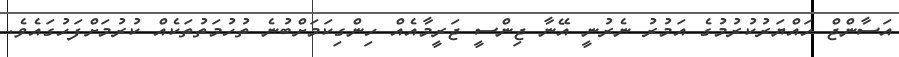
އަސާންޖް ހައްޔަރުކުރުމުގެ އަމުރު ނެރުނީ އޭނާ ޖިންސީ ޖަރީމާއެއް ހިންގިކަމަށްބުނެ ތުހުމަތުތަކެއް ކުރުމަށްފަހުގައެވެ.